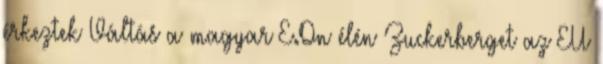
érkeztek Váltás a magyar E.On élén Zuckerberget az EU